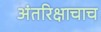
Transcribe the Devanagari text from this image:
अंतरिक्षाचाच